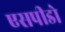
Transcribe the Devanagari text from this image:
एसपीडो